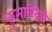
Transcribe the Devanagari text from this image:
कुमारिदेवी